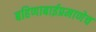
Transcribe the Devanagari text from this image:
बहिणाबाईप्रमाणेच